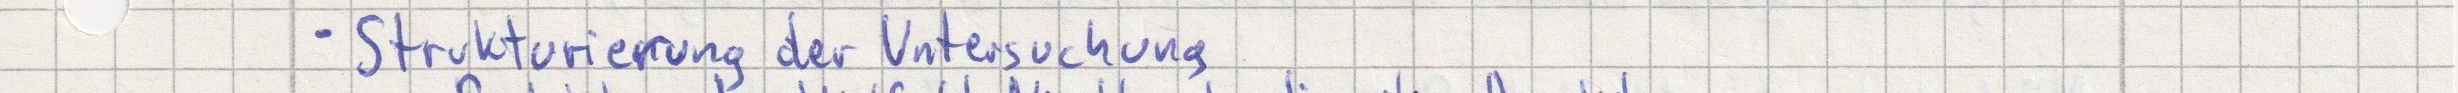
- Strukturierung der Untersuchung